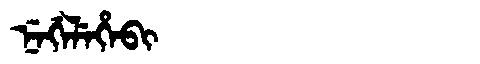
Manchu: ᠨᡝᡤᡝᠯᡝᡥᡝᠪᡳ
Romanization: NEGELEHEBI